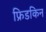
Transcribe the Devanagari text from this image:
फ्रिडकिन